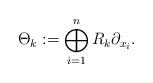
LaTeX: \begin{align*}\Theta_k:=\bigoplus_{i=1}^n R_k \partial_{x_i}.\end{align*}